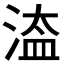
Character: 𣹆